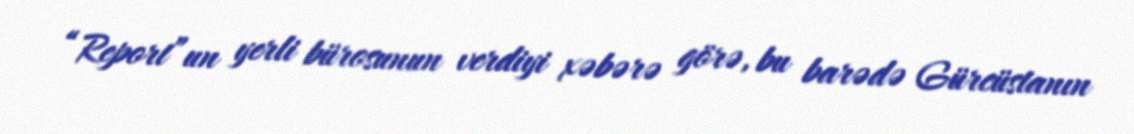
“Report”un yerli bürosunun verdiyi xəbərə görə, bu barədə Gürcüstanın